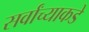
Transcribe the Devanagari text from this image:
सर्वांच्याकडे